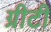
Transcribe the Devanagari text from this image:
ग्रीटी